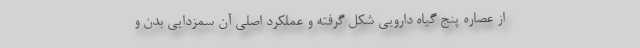
از عصاره پنج گیاه دارویی شکل گرفته و عملکرد اصلی آن سمزدایی بدن و